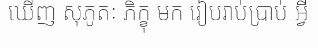
ឃើញ សុភូតៈ ភិក្ខុ មក រៀបរាប់ប្រាប់ អ្វី